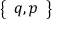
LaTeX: \left\{ \begin{array} { l } { q , p } \end{array} \right\}